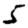
Digit: 5